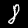
Digit: 8